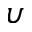
\upsilon